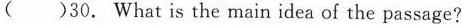
( )30. What is the main idea of the passage?